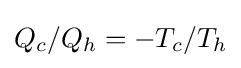
Q_{c}/Q_{h}=-T_{c}/T_{h}